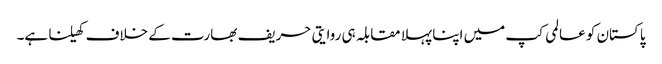
پاکستان کو عالمی کپ میں اپنا پہلا مقابلہ ہی روایتی حریف بھارت کے خلاف کھیلنا ہے۔